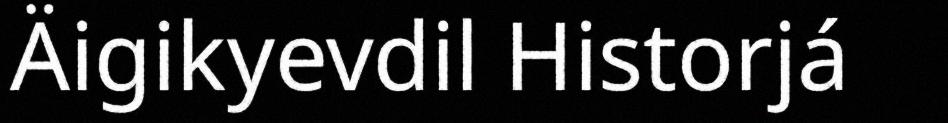
Äigikyevdil Historjá